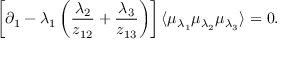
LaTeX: \left[ \partial _ { 1 } - \lambda _ { 1 } \left( \frac { \lambda _ { 2 } } { z _ { 1 2 } } + \frac { \lambda _ { 3 } } { z _ { 1 3 } } \right) \right] \langle \mu _ { \lambda _ { 1 } } \mu _ { \lambda _ { 2 } } \mu _ { \lambda _ { 3 } } \rangle = 0 .